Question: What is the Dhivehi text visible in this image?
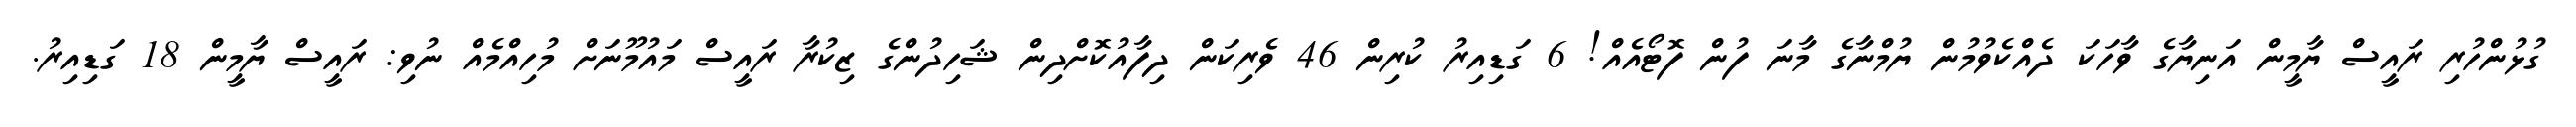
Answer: ގުޅުންހުރި ރައީސް ޔާމީން އަނިޔާގެ ވާހަކަ ދެއްކެވުމުން ޔުމްނާގެ މާނަ ފުން ފޮޓޯއެއް! 6 ގަޑިއިރު ކުރިން 46 ވެރިކަން ދިފާއުކޮށްދިން ޝަހިދުންގެ ޒިކުރާ ރައީސް މައުމޫނަށް މުހިއްމެއް ނުވި: ރައީސް ޔާމީން 18 ގަޑިއިރު.